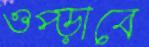
ওপ্‌ড়াবে